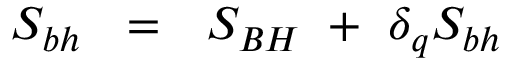
S _ { b h } ~ ~ = ~ ~ S _ { B H } ~ + ~ \delta _ { q } S _ { b h }